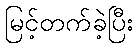
မြင့်တက်ခဲ့ပြီး